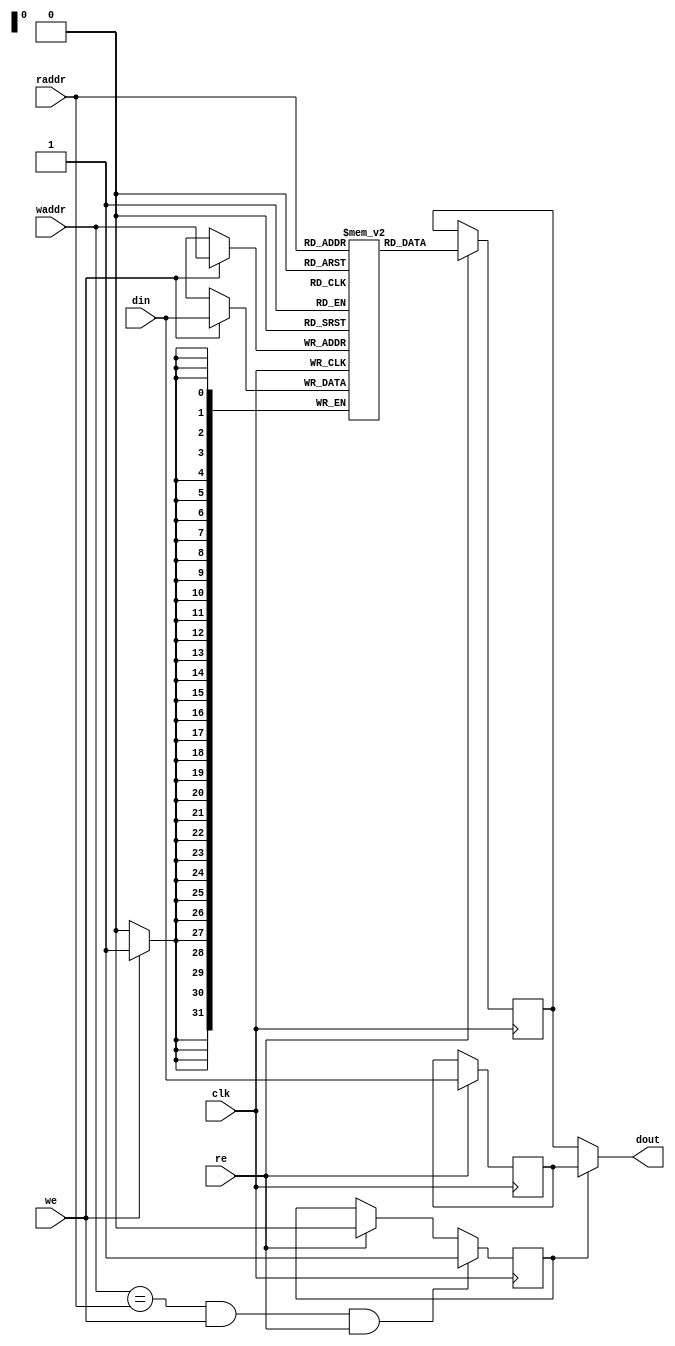
module mor1kx_simple_dpram_sclk
  #(
    parameter ADDR_WIDTH = 32,
    parameter DATA_WIDTH = 32,
    parameter CLEAR_ON_INIT = 0,
    parameter ENABLE_BYPASS = 1
    )
   (
    input 		    clk,
    input [ADDR_WIDTH-1:0]  raddr,
    input 		    re,
    input [ADDR_WIDTH-1:0]  waddr,
    input 		    we,
    input [DATA_WIDTH-1:0]  din,
    output [DATA_WIDTH-1:0] dout
    );

   reg [DATA_WIDTH-1:0]     mem[(1<<ADDR_WIDTH)-1:0];
   reg [DATA_WIDTH-1:0]     rdata;

generate
if(CLEAR_ON_INIT) begin :clear_on_init
   integer 		    idx;
   initial
     for(idx=0; idx < (1<<ADDR_WIDTH); idx=idx+1)
       mem[idx] = {DATA_WIDTH{1'b0}};
end
endgenerate

generate
if (ENABLE_BYPASS) begin : bypass_gen
   reg [DATA_WIDTH-1:0]     din_r;
   reg 			    bypass;

   assign dout = bypass ? din_r : rdata;

   always @(posedge clk)
     if (re)
       din_r <= din;

   always @(posedge clk)
     if (waddr == raddr && we && re)
       bypass <= 1;
     else if (re)
       bypass <= 0;
end else begin
   assign dout = rdata;
end
endgenerate

   always @(posedge clk) begin
      if (we)
	mem[waddr] <= din;
      if (re)
	rdata <= mem[raddr];
   end

endmodule